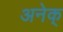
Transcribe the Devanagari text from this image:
अनेक्